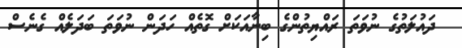
ދައުލަތުގެ ނުވަތަ ރައްޔިތުންގެ ބިނާއަކަށް ގޮތެއް ހަދަން ނުވަތަ ބަދަލެއް ގެނެސް